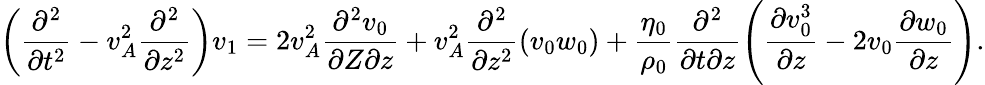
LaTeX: \left(\frac{\partial^{2}}{\partial t^{2}}-v_{A}^{2}\frac{\partial^{2}}{\partial z^{2}}\right)v_{1}=2v_{A}^{2}\frac{\partial^{2}v_{0}}{\partial Z\partial z}+v_{A}^{2}\frac{\partial^{2}}{\partial z^{2}}\left(v_{0}w_{0}\right)+\frac{\eta_{0}}{\rho_{0}}\frac{\partial^{2}}{\partial t\partial z}\left(\frac{\partial v_{0}^{3}}{\partial z}-2v_{0}\frac{\partial w_{0}}{\partial z}\right).